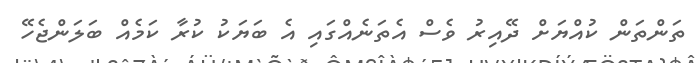
ތަންތަން ކުއްޔަށް ދޭއިރު ވެސް އެތަނެއްގައި އެ ބަޔަކު ކުރާ ކަމެއް ބަލަންޖެހޭ